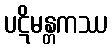
ပဋိမန္တကဿ